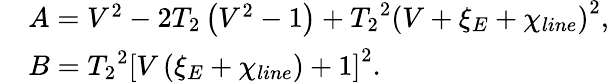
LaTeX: \begin{array}{rl}&{A={{V}^{2}}-2{{T}_{2}}\left({{V}^{2}}-1\right)+{{{T}_{2}}^{2}}{{\left(V+{{\xi}_{E}}+{{\chi}_{line}}\right)}^{2}},}\\ &{B={{{{T}_{2}}^{2}}}{{\left[V\left({{\xi}_{E}}+{{\chi}_{line}}\right)+1\right]}^{2}}.}\end{array}